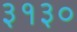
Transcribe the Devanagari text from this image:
३१३०